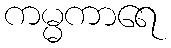
ကမ္မကာရေ